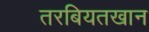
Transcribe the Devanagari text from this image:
तरबियतखान